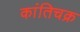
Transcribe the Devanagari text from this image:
कांतिचक्र